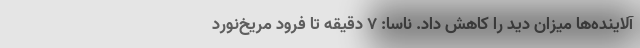
آلاینده‌ها میزان دید را کاهش داد. ناسا: ۷ دقیقه تا فرود مریخ‌نورد